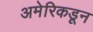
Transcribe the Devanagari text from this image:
अमेरिकडून